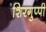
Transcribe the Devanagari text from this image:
शिरगुप्पी